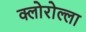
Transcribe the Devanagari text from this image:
क्लोरोल्ला